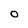
Character: O